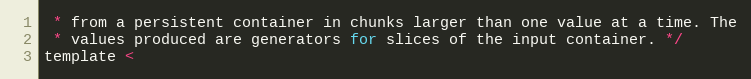
Language: C
 * from a persistent container in chunks larger than one value at a time. The
 * values produced are generators for slices of the input container. */
template <